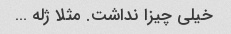
خیلی چیزا نداشت. مثلا ژله …